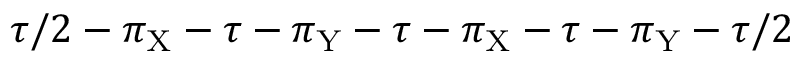
\tau / 2 - \pi _ { \mathrm { X } } - \tau - \pi _ { \mathrm { Y } } - \tau - \pi _ { \mathrm { X } } - \tau - \pi _ { \mathrm { Y } } - \tau / 2